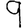
Digit: 9